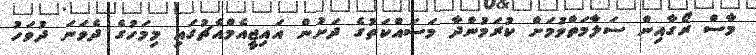
މާސް ރޯގާއިން ސަލާމަތްވުމަށް ކުރަމުންދާ މަސައްކަތުގެ ދަށުން އައިޖީއެމްއެޗުގައި މިމަހުގެ ދެވަނަ ދުވަހު